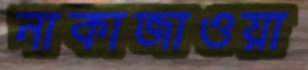
নাকাজাওয়া